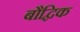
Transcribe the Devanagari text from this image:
बौद्घिक